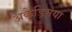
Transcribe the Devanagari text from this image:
अकैड्मिया